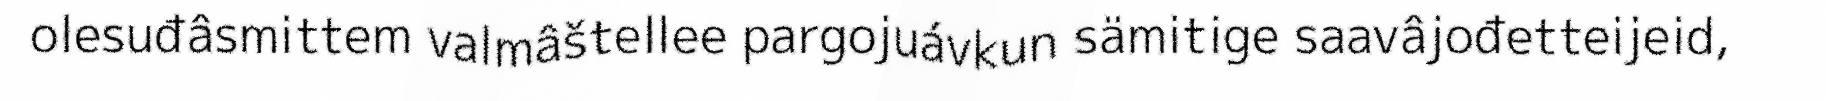
olesuđâsmittem valmâštellee pargojuávkun sämitige saavâjođetteijeid,